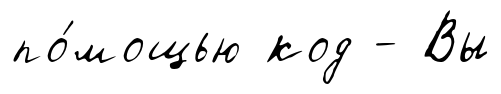
по́мощью код - Вы